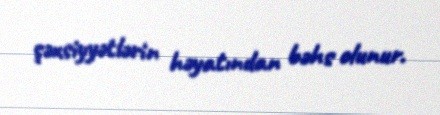
şəxsiyyətlərin həyatından bəhs olunur.